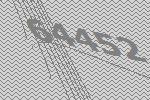
64452